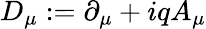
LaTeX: D_{\mu}:=\partial_{\mu}+iqA_{\mu}